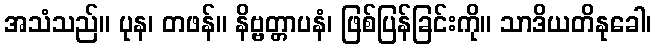
အသံသည်။ ပုန၊ တဖန်။ နိဗ္ဗတ္တာပနံ၊ ဖြစ်ပြန်ခြင်းကို။ သာဒိယတိနုခေါ၊